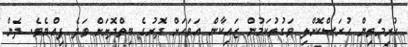
ކުރިމަތިން ހުރަސްކޮށްލި ވަގުތުކަމުން ޒައިކާން އަވަހަށް ދޮރުގެ ބިތްދޮށަށް ވަދެ ފިއްޔެވެ. ދެން